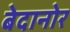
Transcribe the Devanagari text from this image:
बेदानोर